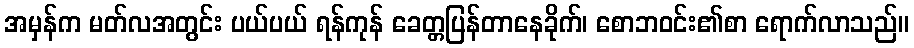
အမှန်က မတ်လအတွင်း ပယ်ပယ် ရန်ကုန် ခေတ္တပြန်တာနေခိုက်၊ စောဘဝင်း၏စာ ရောက်လာသည်။